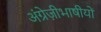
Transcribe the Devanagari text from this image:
अंग्रेज़ीभाषीयों